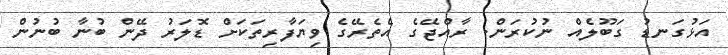
އަޅުގަނޑު ގަބޫލެއް ނުކުރަން. ރާއްޖޭގެ އެތެރޭގެ ވިޔަފާރިތަކަށް ޑޮލަރު ދޭން ބުނާ ބުނުން